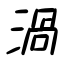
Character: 渦